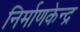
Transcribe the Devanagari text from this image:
निर्माणकेन्द्र